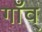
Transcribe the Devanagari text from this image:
गाँव्